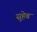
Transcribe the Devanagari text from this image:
सुहेब